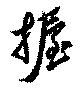
握